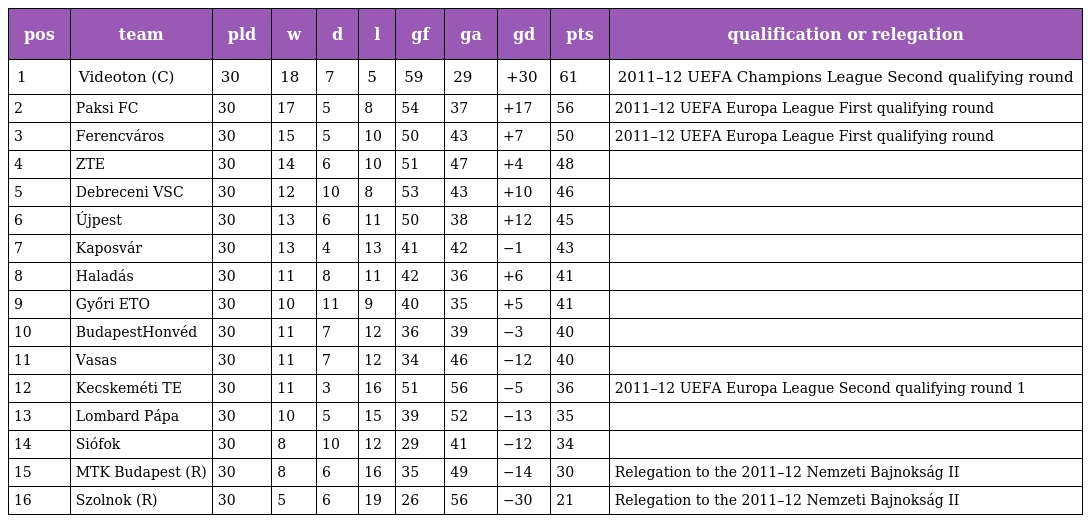
| pos | team | pld | w | d | l | gf | ga | gd | pts | qualification or relegation |
 | --- | --- | --- | --- | --- | --- | --- | --- | --- | --- | --- |
 | 1 | Videoton (C) | 30 | 18 | 7 | 5 | 59 | 29 | +30 | 61 | 2011–12 UEFA Champions League Second qualifying round |
 | 2 | Paksi FC | 30 | 17 | 5 | 8 | 54 | 37 | +17 | 56 | 2011–12 UEFA Europa League First qualifying round |
 | 3 | Ferencváros | 30 | 15 | 5 | 10 | 50 | 43 | +7 | 50 | 2011–12 UEFA Europa League First qualifying round |
 | 4 | ZTE | 30 | 14 | 6 | 10 | 51 | 47 | +4 | 48 |  |
 | 5 | Debreceni VSC | 30 | 12 | 10 | 8 | 53 | 43 | +10 | 46 |  |
 | 6 | Újpest | 30 | 13 | 6 | 11 | 50 | 38 | +12 | 45 |  |
 | 7 | Kaposvár | 30 | 13 | 4 | 13 | 41 | 42 | −1 | 43 |  |
 | 8 | Haladás | 30 | 11 | 8 | 11 | 42 | 36 | +6 | 41 |  |
 | 9 | Győri ETO | 30 | 10 | 11 | 9 | 40 | 35 | +5 | 41 |  |
 | 10 | BudapestHonvéd | 30 | 11 | 7 | 12 | 36 | 39 | −3 | 40 |  |
 | 11 | Vasas | 30 | 11 | 7 | 12 | 34 | 46 | −12 | 40 |  |
 | 12 | Kecskeméti TE | 30 | 11 | 3 | 16 | 51 | 56 | −5 | 36 | 2011–12 UEFA Europa League Second qualifying round 1 |
 | 13 | Lombard Pápa | 30 | 10 | 5 | 15 | 39 | 52 | −13 | 35 |  |
 | 14 | Siófok | 30 | 8 | 10 | 12 | 29 | 41 | −12 | 34 |  |
 | 15 | MTK Budapest (R) | 30 | 8 | 6 | 16 | 35 | 49 | −14 | 30 | Relegation to the 2011–12 Nemzeti Bajnokság II |
 | 16 | Szolnok (R) | 30 | 5 | 6 | 19 | 26 | 56 | −30 | 21 | Relegation to the 2011–12 Nemzeti Bajnokság II |